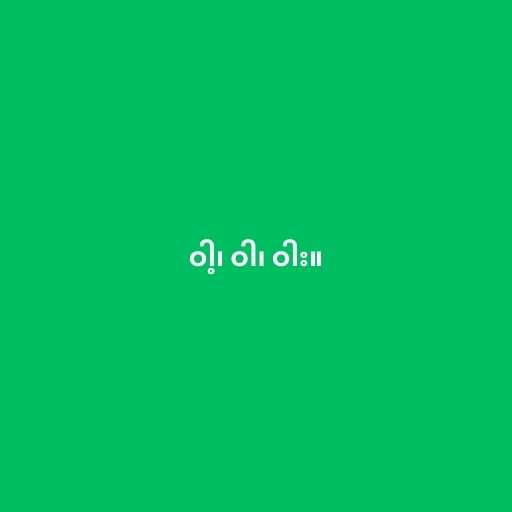
ဝါ့၊ ဝါ၊ ဝါး။